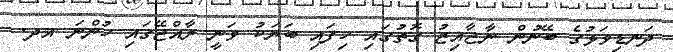
ދަނޑިވަޅުގެ ބޭނުން ނާޖާއިޒު ގޮތުގައި ހިފައި ބަޔަކު ވަނީ ރާއްޖޭގައި ހުންނަ އދ.